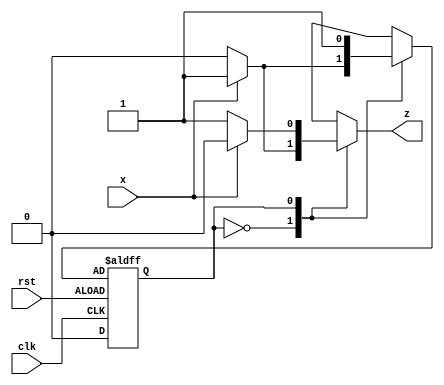
module twos_complement(x,clk,rst,z);
input x, clk,rst;
output reg z;
parameter s0 = 1'b0, s1 = 1'b1;
reg NS , PS;

always @(posedge clk , negedge rst) begin
    if(rst) PS <= s0;
    else PS <= NS;
end

always @(x,PS) begin
    case (PS)
    s0 : begin NS = x ? s1 : s0; z = x ? 1 : 0; end
    s1 : begin NS = s1; z = x ? 0 : 1; end
    endcase
end

endmodule